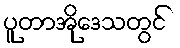
ပူတာအိုဒေသတွင်